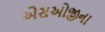
એસઓજીના